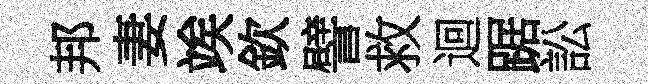
邦妻竢欽譬救迴踞訟